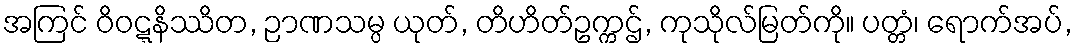
အကြင် ဝိဝဋ္ဋနိဿိတ, ဉာဏသမ္ပ ယုတ်, တိဟိတ်ဥက္ကဌ်, ကုသိုလ်မြတ်ကို။ ပတ္တံ၊ ရောက်အပ်,